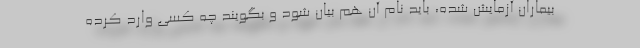
بیماران آزمایش شده، باید نام آن هم بیان شود و بگویند چه کسی وارد کرده